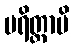
ပရိတ္တာပိ